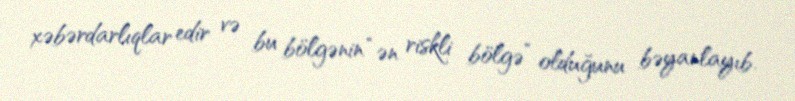
xəbərdarlıqlar edir və bu bölgənin “ən riskli bölgə” olduğunu bəyanlayıb.